Vaccination in Bombay 1913-1923 - 1913-1923
Year: 1913
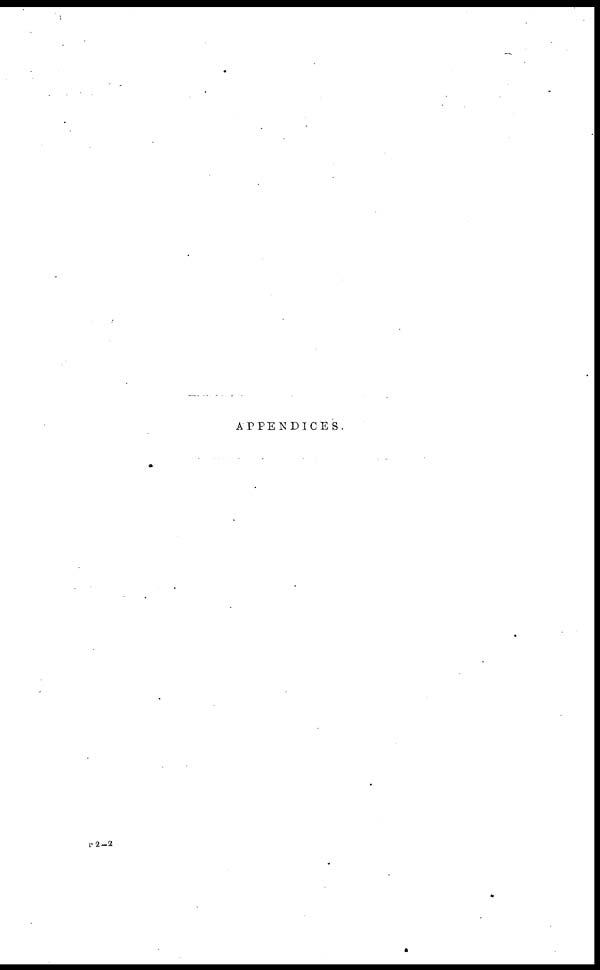
APPENDICES.
P 2—2